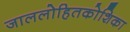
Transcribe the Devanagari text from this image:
जाललोहितकोशिका